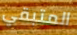
المتبقي